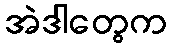
အဲဒါတွေက